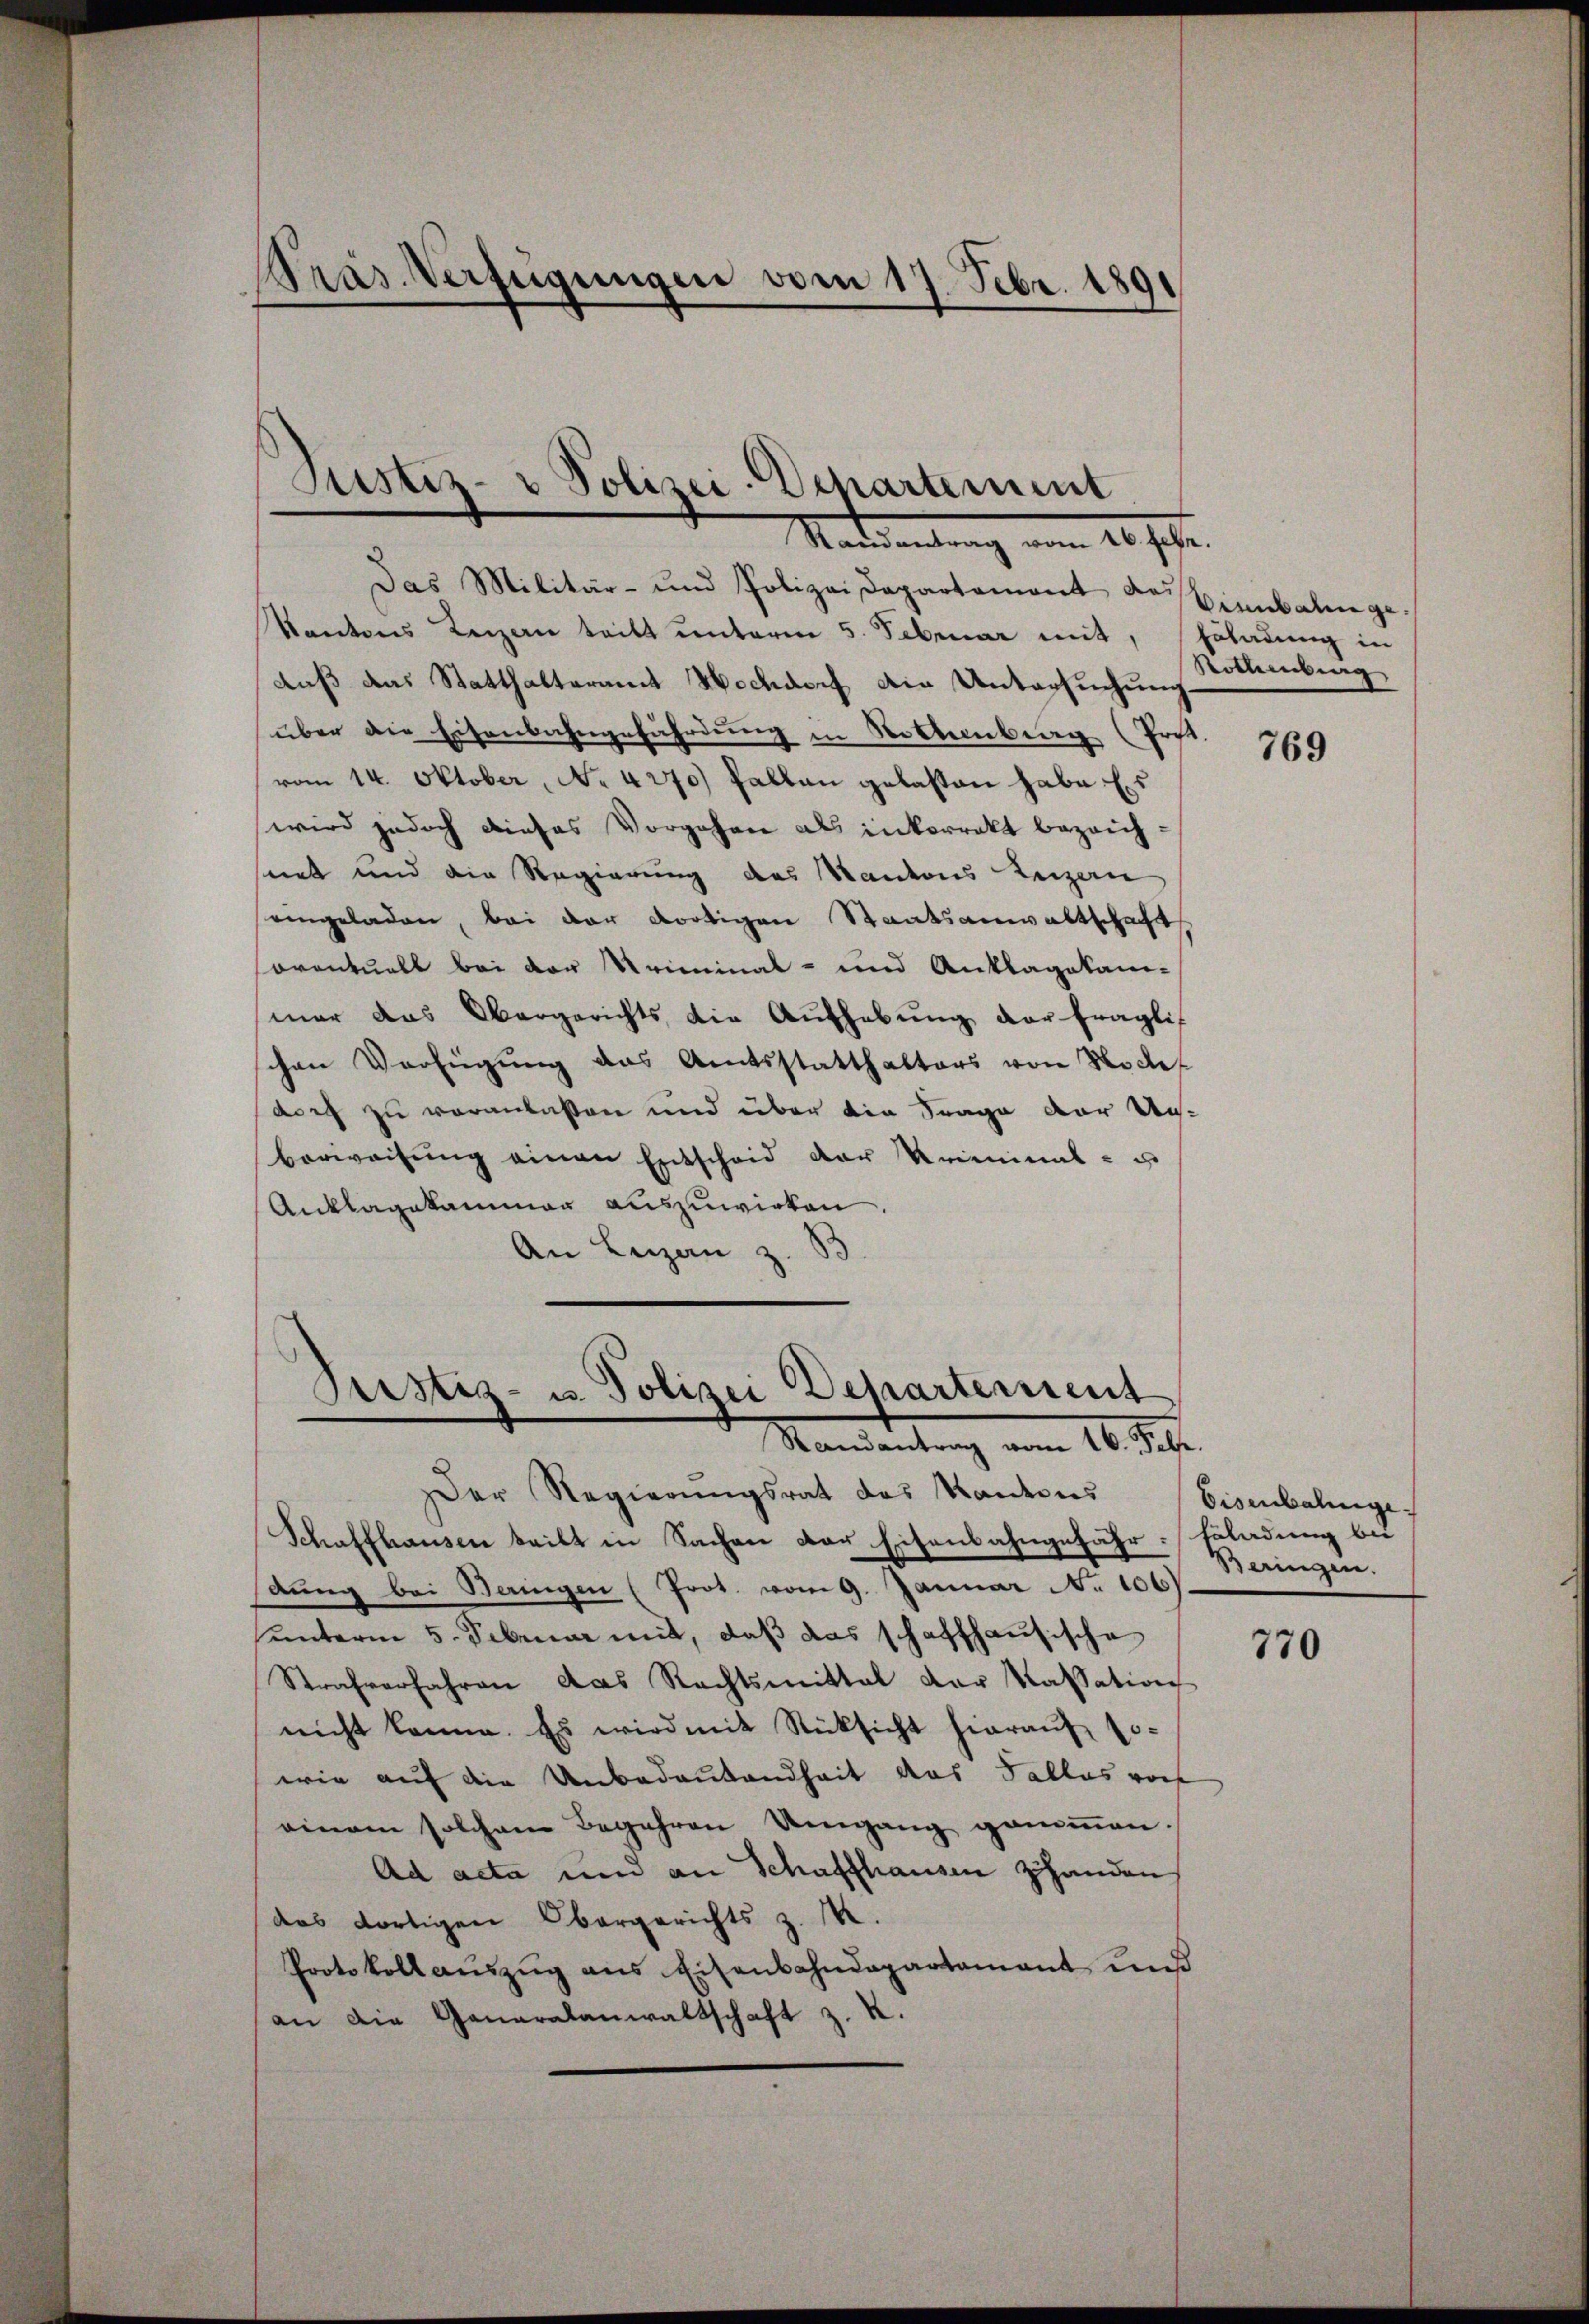
Präs. Verfügungen vom 17. Febr. 1891

Justiz- & Polizei-Departement
Marsendung vom 20. Jahr.

Das Militär- und Polizei Departament des Bienbahnge.
Kantons Reizen teilt ŭnterm 5. Februar mit, Erladung in
auß das Statthalteramt Hochdorf die Untersuchung
über die Eisenbahngefährdung in Rotternberg (Prost.
vom 14. Oktober, No. 4270) fallen gelasten habe Ers
wird jedoch dieses Vorgehen als inkorrekt bezeich-
nnt und die Regierung des Kantons Reizern
eingeladen, bei der dortigen Staatsanwaltschaft
oventuell bei der Kriminal- und Anklagekani-
mar das Obergerichts die Aufhebŭng der fragli
chen Verfügung das Amtsstatthalters von Noch-
dorf zu veranlassen und über die Frage der Unberweisŭng einen Entscheid der Kriminal- u
Anklagekammer auszuwirken.
An Luzan z. S
Justiz- u. Polizei Departement
Randantrag vom 16. Febr.
er Regierungsrat des Kantons
Schaffhausen teilt in Sachen der Eisenbahngefähr. Erladung bei
dŭng bei Beringen (Prot. vom 9. Januar No 106)
unterm 5. Februar mit, daß das schaffhausische
Strafverfahren das Rechtsmittal der Kassation
nicht könne. Es wird mit Rücksicht hierauf so-
wie auf die Unbedeutendheit das Falles vor
einem solchem Begehren Umgang genoṁen.
Ad acta und an Schaffhausen handen,
das dortigen Obergerichts z. 14.
Protokoll aŭszŭg ans Eisenbahndepartamant und
an die Ganaralanwaltschaft z. R.

Rothenburg

769

Eisenbahnge
Seinigen.

770